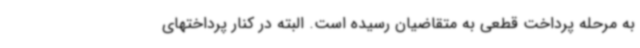
به مرحله پرداخت قطعی به متقاضیان رسیده است. البته در کنار پرداختهای